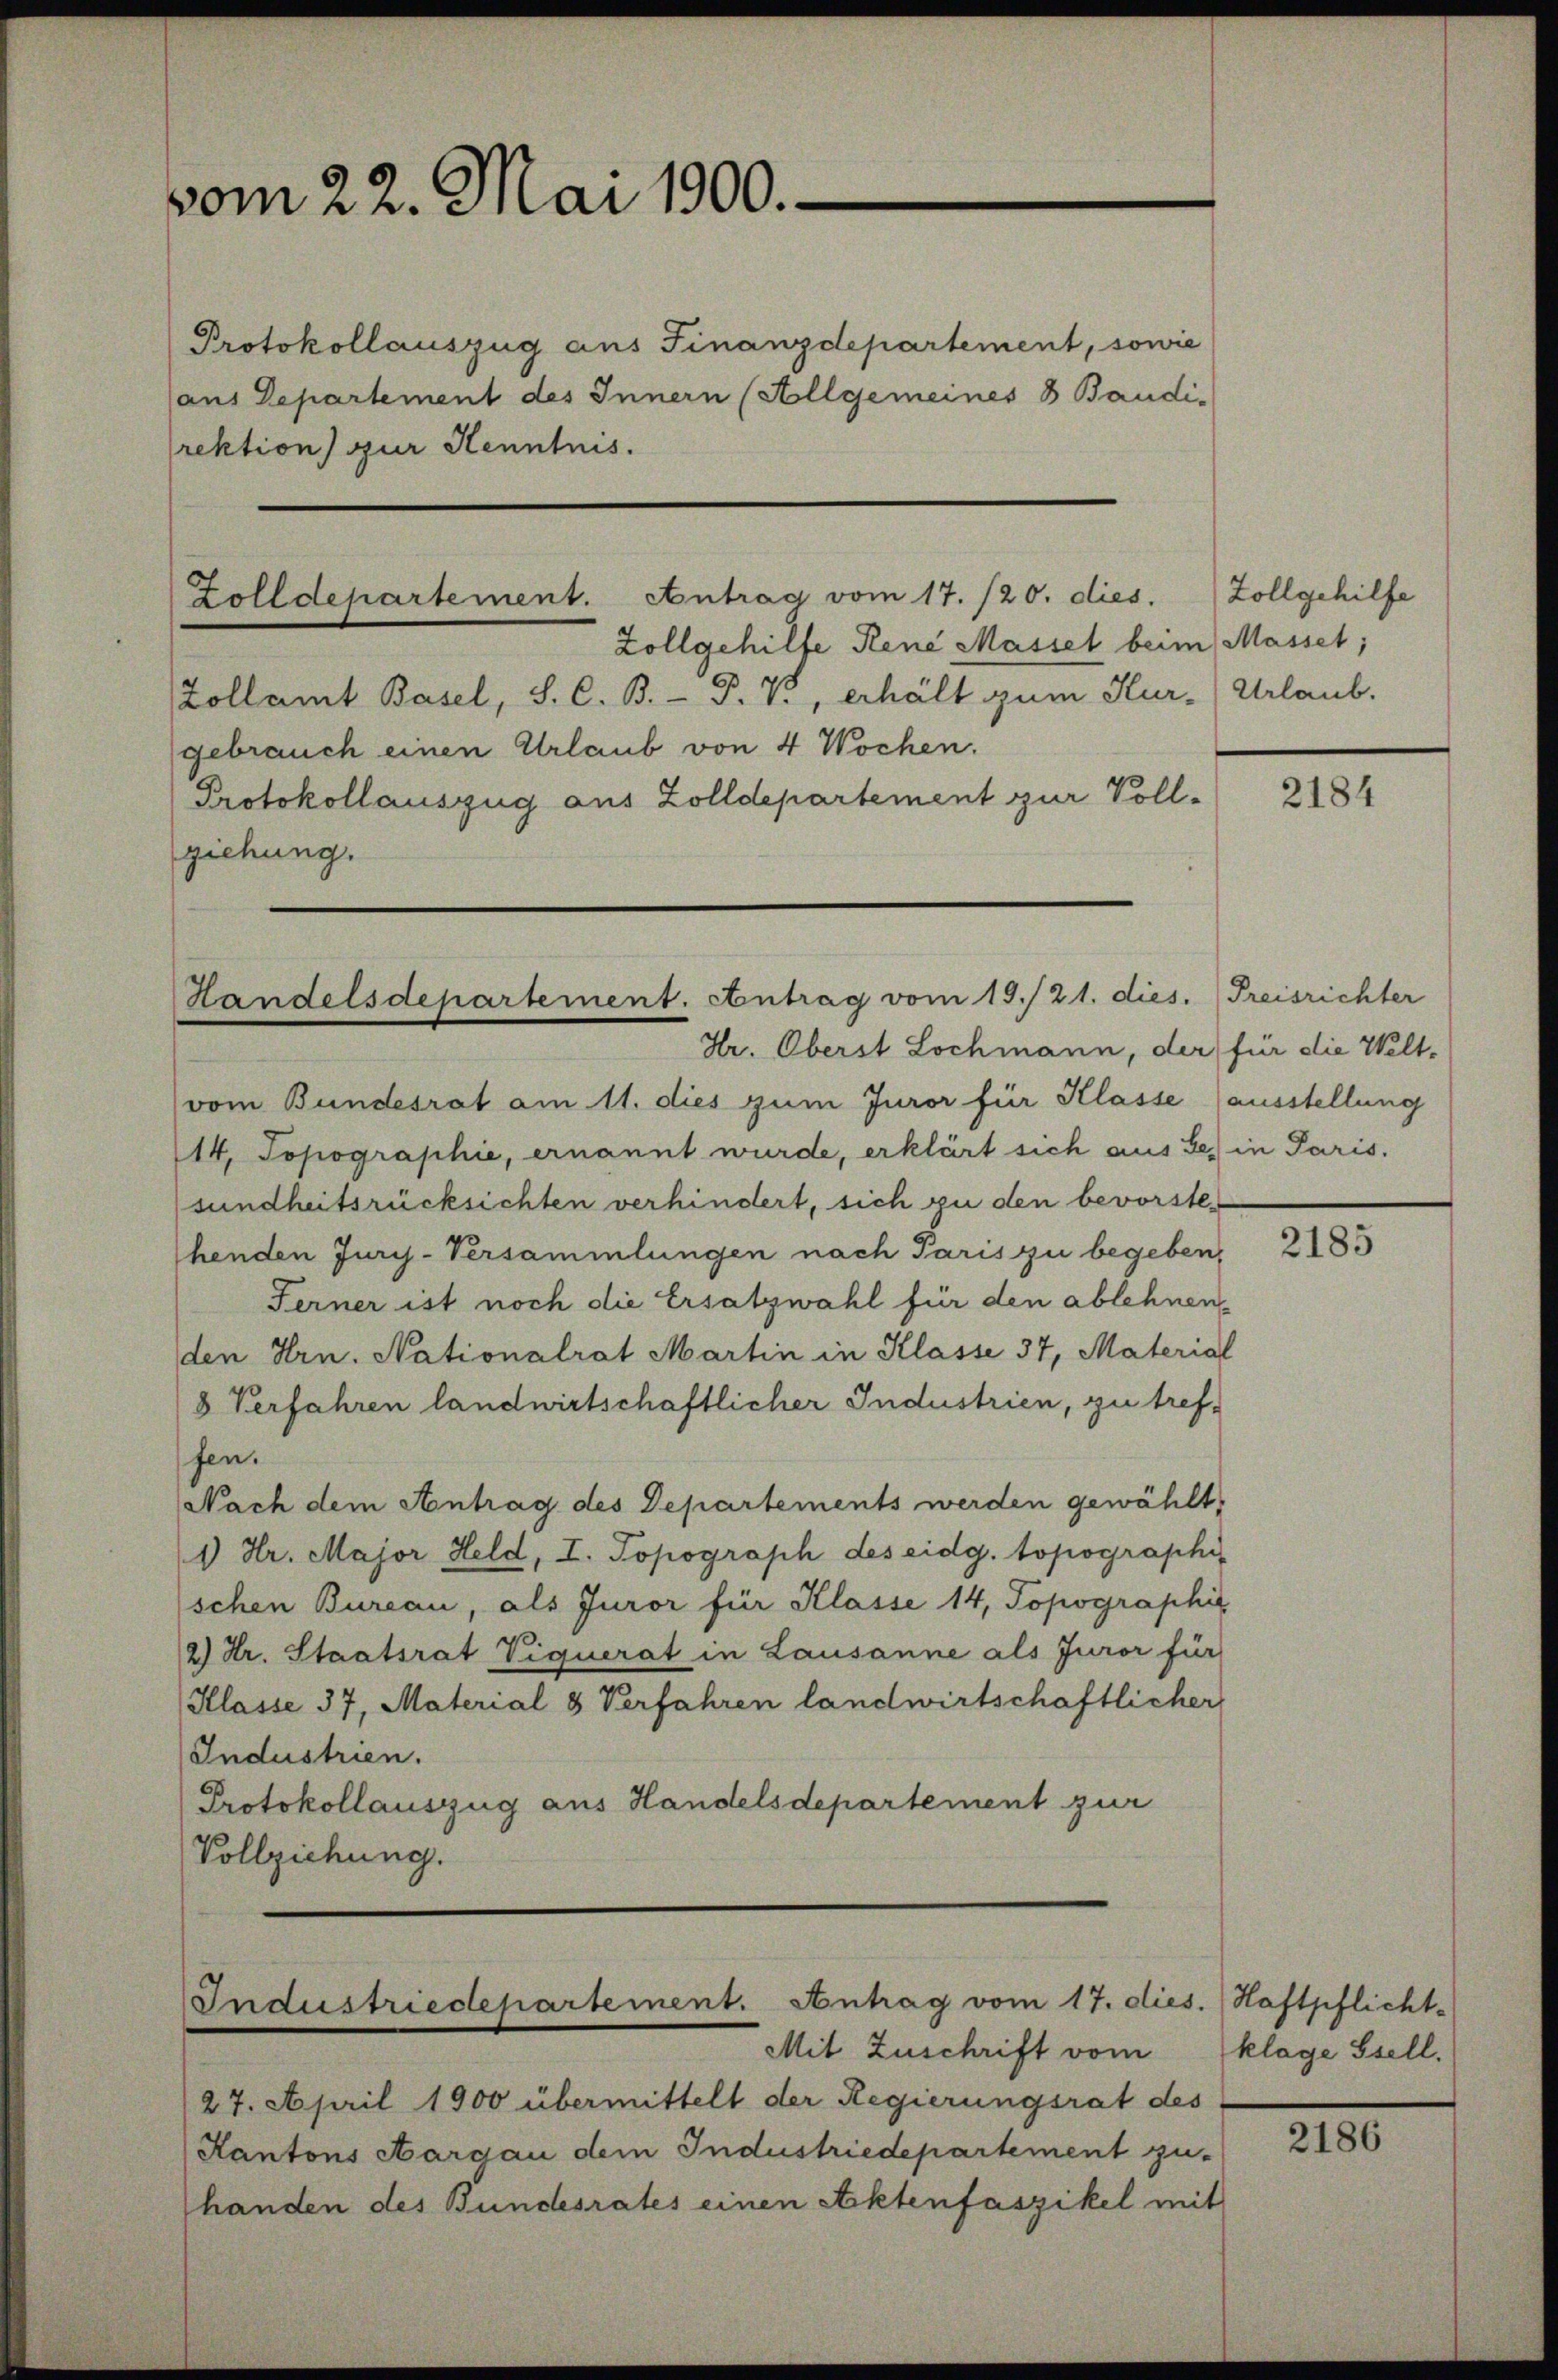
vom 22. Mai 1900.

Protokollauszug aus Finanzdepartement, sowie
aus Departement des Innern (Allgemeines 8 Baudi-
rektion zur Kenntnis.

Zollgehilfe Rene Massel beim Masset;
Zollamt Basel, S. C. B. P. V., erhält zum Kur- (Urlaub.
gebrauch einen Urlaub von 4 Wochen.
Protokollauszug aus Zolldepartement zur Vollziehung.

Zolldepartement. Antrag vom 17. /20. dies.

Handelsdepartement. Antrag vom 19./21. dies.
Hr. Oberst Lochmann, der für die Welt¬

Industriedepartement. Antrag vom 17. die

Zollgehilfe

vom Bundesrat am 11. dies zum Juror für Klasse ausstellung
14. Topographie, ernannt wurde, erklärt sich aus Sei in Paris.
sundheitsrücksichten verhindert, sich zu den bevorste
henden Juris-Versammlungen nach Paris zu begeben,
Ferner ist noch die Ersatzwahl für den ablehnenden Hrn. Nationalrat Martin in Klasse 37, Material
8 Verfahren landwirtschaftlicher Industrien, zu treffen.
Nach dem Antrag des Departements werden gewählt,
1 Hr. Major Held, I. Topograph des eidg. topographis
schen Bureau, als Juror für Klasse 14, Topographis
2) Dr. Staatsrat Viquerat in Lausanne als Juror für
Klasse 37, Material 8 Verfahren landwirtschaftlicher
Industrien.
Protokollauszug aus Handelsdepartement zur
Vollziehung.

Mit Zuschrift vom
27. April 1900 übermittelt der Regierungsrat des
Kantons Aargau dem Industriedepartement zu-
handen des Bundesrates einen Aktenfaszikel mit

2184

Freisrichter

2185

s. Haftpflicht.
klage Stell.

2186